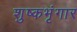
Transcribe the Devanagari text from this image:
शुष्कभृंगार